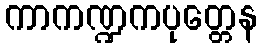
ကာကဏ္ဍကပုတ္တေန